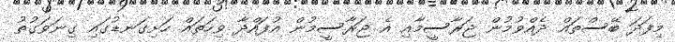
މިފަދަ ބޭސްތައް ދެއްވުމުން ޖަރާސީމާއި އެ ޖަރާސީމުން އުފައްދާ ވިހަތައް ހަށިގަނޑުގައި ގިނަވަގުތު